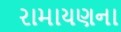
રામાયણના